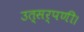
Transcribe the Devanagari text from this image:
उत्सर्पणी।